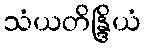
သံယတိန္ဒြိယံ